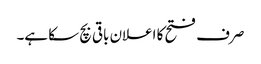
صرف فتح کا اعلان باقی بچ سکا ہے۔